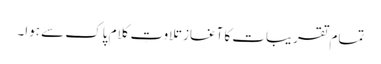
تمام تقریبات کا آغاز تلاوتِ کلام پاک سے ہوا۔